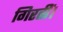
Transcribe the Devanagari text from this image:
गिरतीं।